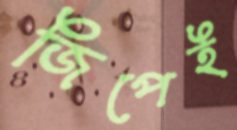
জিপেই